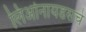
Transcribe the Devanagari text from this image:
लिओनायडसचे